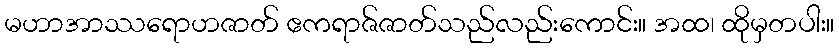
မဟာအာဿရောဟဇာတ် ဧကရာဇ်ဇာတ်သည်လည်းကောင်း။ အထ၊ ထိုမှတပါး။